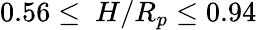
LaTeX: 0.56\leq~H/R_{p}\leq 0.94